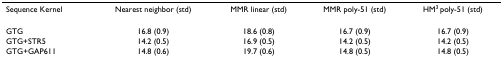
| Sequence Kernel | Nearest neighbor (std) | MMR linear (std) | MMR poly-51 (std) | HM3 poly-51 (std) |
 | --- | --- | --- | --- | --- |
 | GTG | 16.8 (0.9) | 18.6 (0.8) | 16.7 (0.9) | 16.7 (0.9) |
 | GTG+STR5 | 14.2 (0.5) | 16.9 (0.5) | 14.2 (0.5) | 14.2 (0.5) |
 | GTG+GAP611 | 14.8 (0.6) | 19.7 (0.6) | 14.8 (0.5) | 14.8 (0.5) |